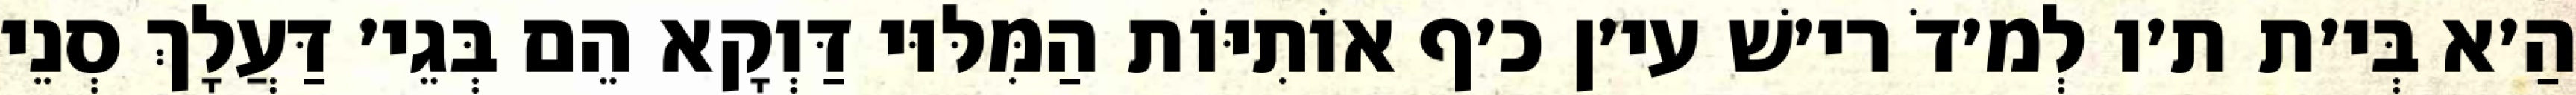
הַ׳א בְּי׳ת ת׳ו לְמ׳דֹ רי׳שׁ עי׳ן כ׳ף אוֹתִיּוֹת הַמִּלּוּי דַּוְקָא הֵם בְּגֵי׳ דַּעֲלָךְ סְנֵי